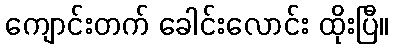
ကျောင်းတက် ခေါင်းလောင်း ထိုးပြီ။